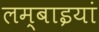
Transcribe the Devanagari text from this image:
लम्बाइयां